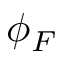
\phi _ { F }